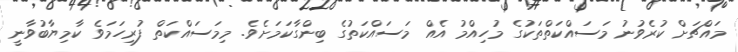
މައްޗަށް ކުރެވުނު މަސައްކަތްތަކުގެ މުހިއްމު އެއް މަސައްކަތުގެ ބިންގާކަމަށެވެ. މިމަސައްކަތް ފުރިހަމަވެ ކާމިޔާބުވާނީ